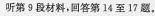
听第9段材料，回答第14至17题.